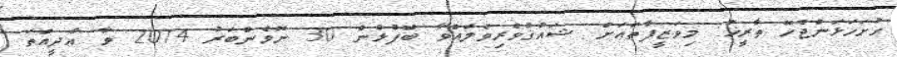
ހުށަހަޅަންޖެހޭ ތާރީޚު: މިވަޒީފާތައަށް ޝައުޤުވެރިވެލައްވާ ބޭފުޅުން 30 ނޮވެންބަރު 2014 ވާ އާދީއްތަ